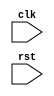
module timing_control_sync (
    input wire clk,
    input wire rst,
    // Add any other input signals here

    // Add any output signals here

);

// Add Verilog code for timing control and synchronization blocks here

endmodule